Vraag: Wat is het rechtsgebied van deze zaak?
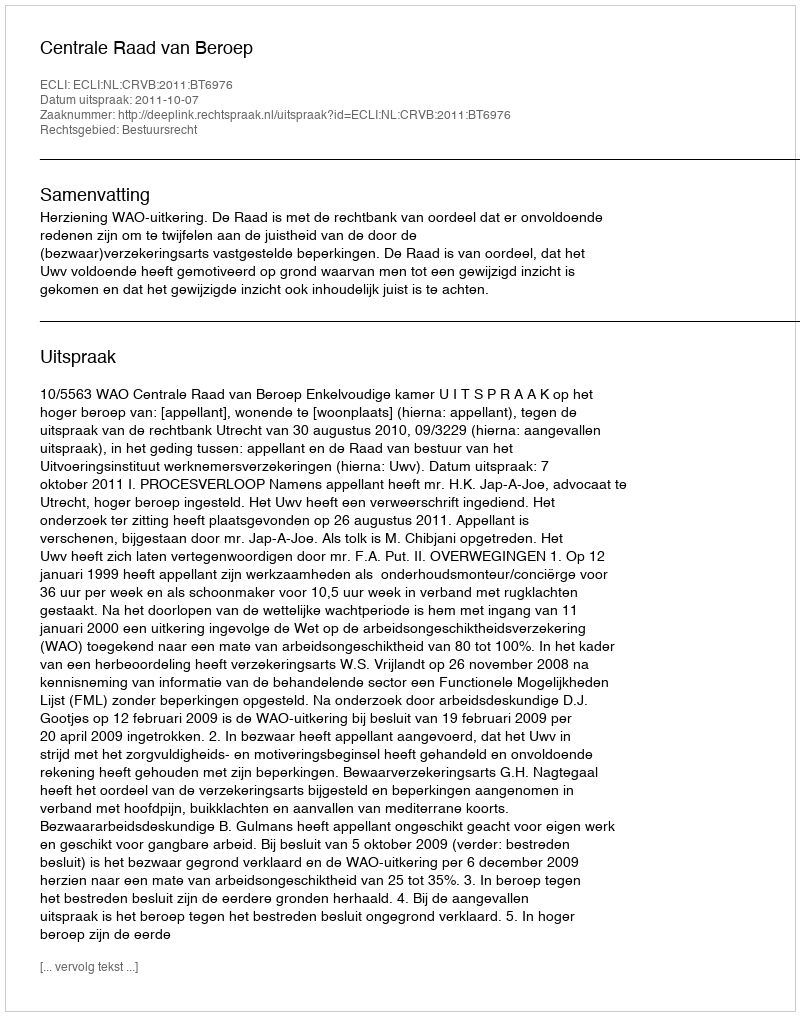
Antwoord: Bestuursrecht